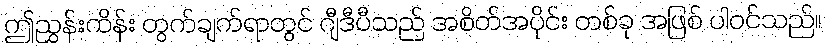
ဤညွှန်းကိန်း တွက်ချက်ရာတွင် ဂျီဒီပီသည် အစိတ်အပိုင်း တစ်ခု အဖြစ် ပါဝင်သည်။